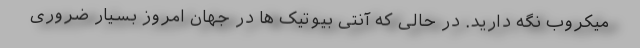
میکروب نگه دارید. در حالی که آنتی بیوتیک ها در جهان امروز بسیار ضروری